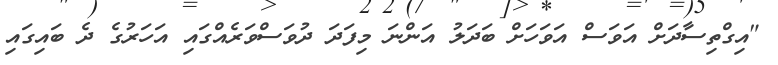
"އިގްތިސާދަށް އަވަސް އަވަހަށް ބަދަލު އަންނަ މިފަދަ ދުވަސްވަރެއްގައި އަހަރުގެ ދެ ބައިގައި